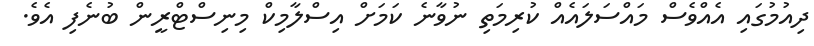
ދިއުމުގައި އެއްވެސް މައްސަލައެއް ކުރިމަތި ނުވާނެ ކަމަށް އިސްލާމިކް މިނިސްޓްރީން ބުނެފި އެވެ.